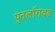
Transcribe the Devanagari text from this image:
पुनर्लागवड